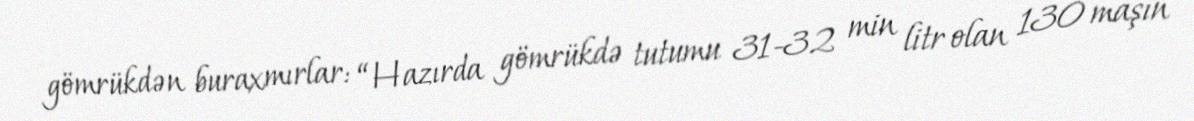
gömrükdən buraxmırlar: “Hazırda gömrükdə tutumu 31-32 min litr olan 130 maşın